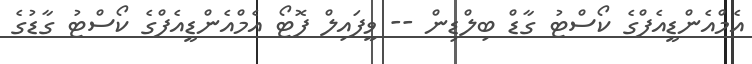
އެމްއެންޑީއެފްގެ ކޯސްޓު ގާޑް ބިލްޑިން -- ވީފައިލް ފޮޓޯ އެމްއެންޑީއެފްގެ ކޯސްޓު ގާޑުގެ